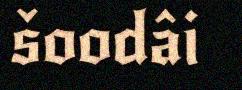
šoodâi